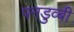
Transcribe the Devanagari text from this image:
पनडुव्बी